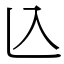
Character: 兦